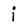
Character: i